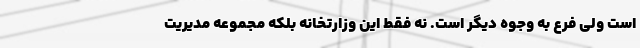
است ولی فرع به وجوه دیگر است. نه فقط این وزارتخانه بلکه مجموعه مدیریت